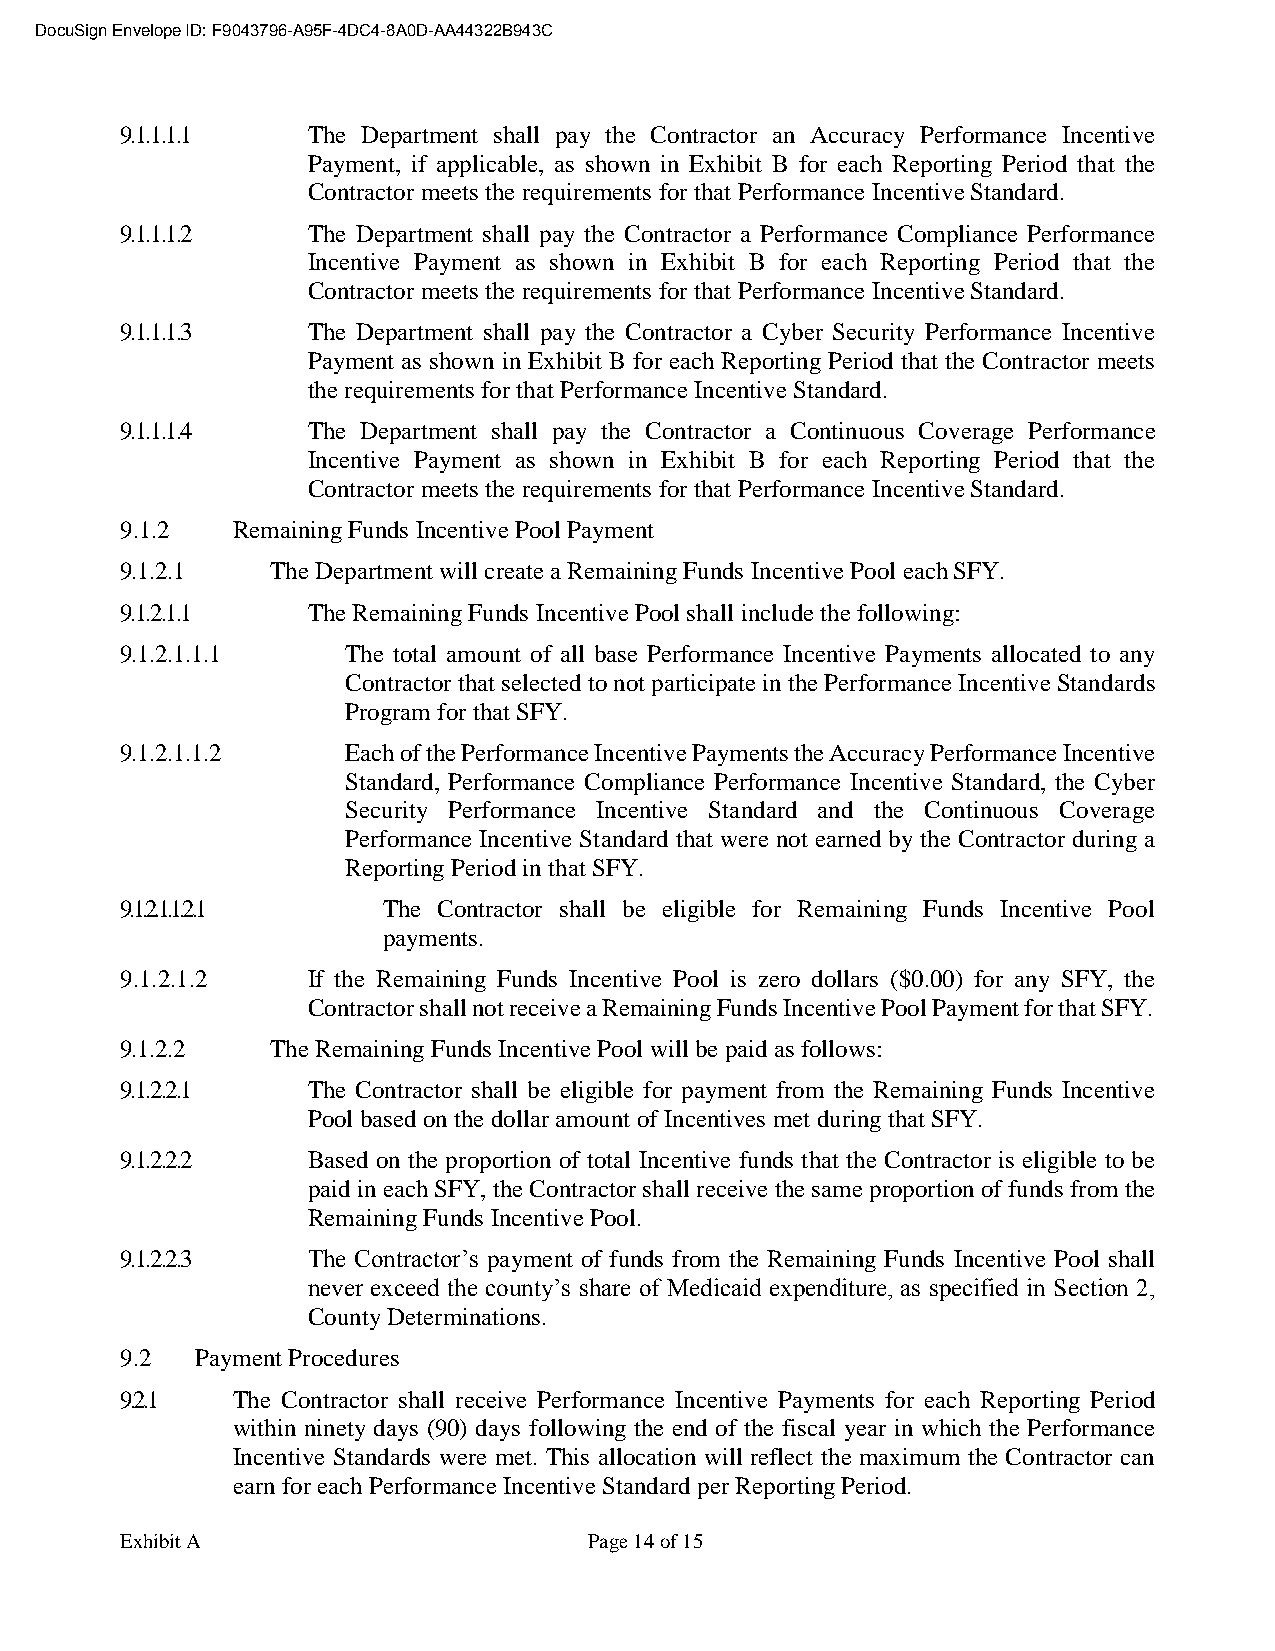
DocuSign Envelope ID: F9043796-A95F-4DC4-8A0D-AA44322B943C
 9.1.1.1.1   The Department shall pay the Contractor an Accuracy Performance Incentive
 Payment, if applicable, as shown in Exhibit B for each Reporting Period that the
 Contractor meets the requirements for that Performance Incentive Standard.
 9.1.1.1.2   The Department shall pay the Contractor a Performance Compliance Performance
 Incentive Payment as shown in Exhibit B for each Reporting Period that the
 Contractor meets the requirements for that Performance Incentive Standard.
 9.1.1.1.3   The Department shall pay the Contractor a Cyber Security Performance Incentive
 Payment as shown in Exhibit B for each Reporting Period that the Contractor meets
 the requirements for that Performance Incentive Standard.
 9.1.1.1.4   The Department shall pay the Contractor a Continuous Coverage Performance
 Incentive Payment as shown in Exhibit B for each Reporting Period that the
 Contractor meets the requirements for that Performance Incentive Standard.
 9.1.2  Remaining Funds Incentive Pool Payment
 9.1.2.1   The Department will create a Remaining Funds Incentive Pool each SFY.
 9.1.2.1.1   The Remaining Funds Incentive Pool shall include the following:
 9.1.2.1.1.1    The total amount of all base Performance Incentive Payments allocated to any
 Contractor that selected to not participate in the Performance Incentive Standards
 Program for that SFY.
 9.1.2.1.1.2    Each of the Performance Incentive Payments the Accuracy Performance Incentive
 Standard, Performance Compliance Performance Incentive Standard, the Cyber
 Security Performance Incentive Standard and the Continuous Coverage
 Performance Incentive Standard that were not earned by the Contractor during a
 Reporting Period in that SFY.
 9.1.2.1.1.2.1    The Contractor shall be eligible for Remaining Funds Incentive Pool
 payments.
 9.1.2.1.2   If the Remaining Funds Incentive Pool is zero dollars ($0.00) for any SFY, the
 Contractor shall not receive a Remaining Funds Incentive Pool Payment for that SFY.
 9.1.2.2   The Remaining Funds Incentive Pool will be paid as follows:
 9.1.2.2.1   The Contractor shall be eligible for payment from the Remaining Funds Incentive
 Pool based on the dollar amount of Incentives met during that SFY.
 9.1.2.2.2   Based on the proportion of total Incentive funds that the Contractor is eligible to be
 paid in each SFY, the Contractor shall receive the same proportion of funds from the
 Remaining Funds Incentive Pool.
 9.1.2.2.3   The Contractor’s payment of funds from the Remaining Funds Incentive Pool shall
 never exceed the county’s share of Medicaid expenditure, as specified in Section 2,
 County Determinations.
 9.2  Payment Procedures
 9.2.1  The Contractor shall receive Performance Incentive Payments for each Reporting Period
 within ninety days (90) days following the end of the fiscal year in which the Performance
 Incentive Standards were met. This allocation will reflect the maximum the Contractor can
 earn for each Performance Incentive Standard per Reporting Period.
 Exhibit A                      Page 14 of 15